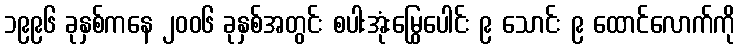
၁၉၉၆ ခုနှစ်ကနေ ၂၀၀၆ ခုနှစ်အတွင်း စပါးအုံးမြွေပေါင်း ၉ သောင်း ၉ ထောင်လောက်ကို